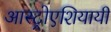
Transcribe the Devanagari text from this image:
आस्ट्रोएशियायी